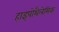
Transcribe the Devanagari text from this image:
हाइपोथैलेमिक